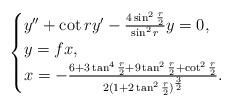
LaTeX: \begin{align*}\begin{cases}y''+\cot ry'-\frac{4\sin^{2}\frac{r}{2}}{\sin^2r}y=0,\\y=f x,\\x=-\frac{6+3\tan^4\frac{r}{2}+9\tan^2\frac{r}{2}+\cot^2\frac{r}{2}}{2(1+2\tan^2\frac{r}{2})^{\frac{3}{2}}}.\end{cases}\end{align*}